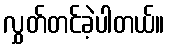
လွှတ်တင်ခဲ့ပါတယ်။